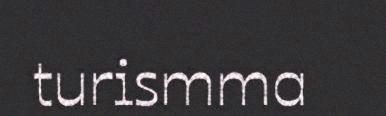
turismma